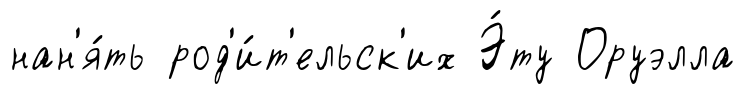
нан'я́ть род'и́т'ельск'их Э́ту Оруэлла